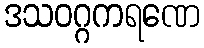
ဒသဝဂ္ဂကရဏေ